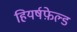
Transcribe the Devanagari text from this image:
हियर्षफ़ेल्ड